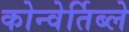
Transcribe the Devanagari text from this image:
कोन्वेर्तिब्ले